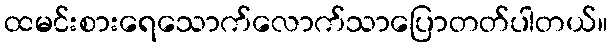
ထမင်းစားရေသောက်လောက်သာပြောတတ်ပါတယ်။